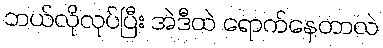
ဘယ်လိုလုပ်ပြီး အဲဒီထဲ ရောက်နေတာလဲ